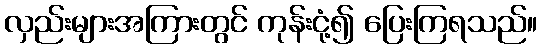
လှည်းများအကြားတွင် ကုန်းငုံ့၍ ပြေးကြရသည်။